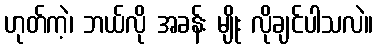
ဟုတ်ကဲ့၊ ဘယ်လို အခန်း မျိုး လိုချင်ပါသလဲ။